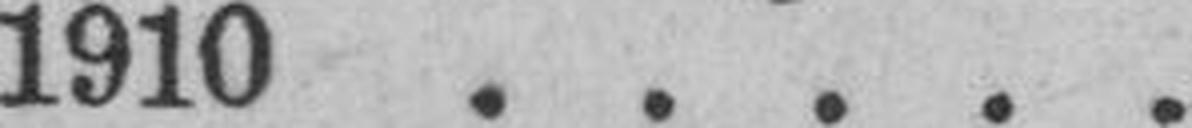
1910 . . . . .